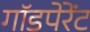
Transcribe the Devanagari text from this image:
गॉडपेरेंट